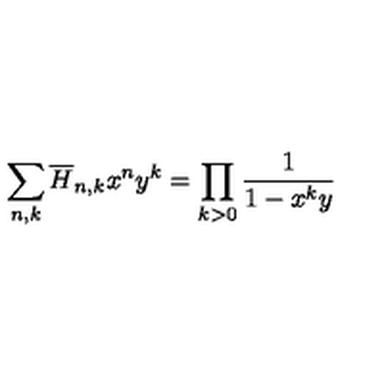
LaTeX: \sum _ { n , k } \overline { { H } } _ { n , k } x ^ { n } y ^ { k } = \prod _ { k > 0 } { \frac { 1 } { 1 - x ^ { k } y } }